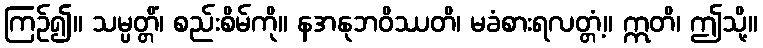
ကြဉ်၍။ သမ္ပတ္တိံ၊ စည်းစိမ်ကို။ နအနုဘဝိဿတိ၊ မခံစားရလတ္တံ့။ ဣတိ၊ ဤသို့။